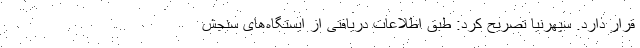
قرار دارد. سپهرنیا تصریح کرد: طبق اطلاعات دریافتی از ایستگاه‌های سنجش